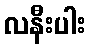
လနီးပါး